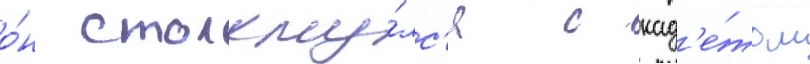
о́н столкну́лс'я с кад'е́том